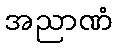
အညာဏံ